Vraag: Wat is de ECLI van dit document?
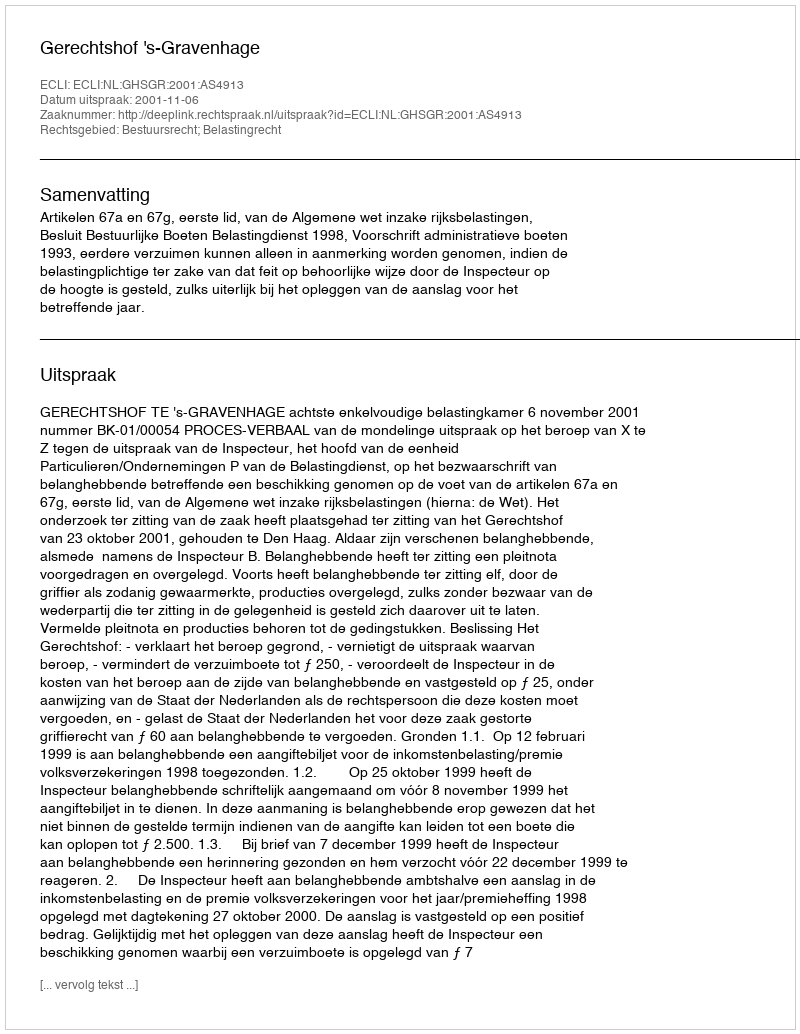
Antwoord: ECLI:NL:GHSGR:2001:AS4913